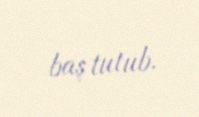
baş tutub.